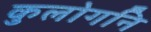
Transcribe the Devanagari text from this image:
कुलोगनि